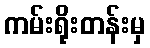
ကမ်းရိုးတန်းမှ